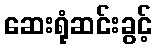
ဆေးရုံဆင်းခွင့်